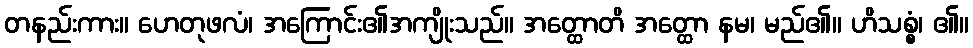
တနည်းကား။ ဟေတုဖလံ၊ အကြောင်း၏အကျိုးသည်။ အတ္ထောတိ အတ္ထော နမ၊ မည်၏။ ဟိသစ္စံ၊ ၏။